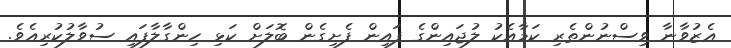
އެޒުވާނާ ވިސްނުންތެރި ކަމާއެކު ލުޖައިންގެ ފައިން ފެށިގެން ބޮލަށް ކަޅި ހިންގާލާފައި ސުވާލުކުރިއެވެ.